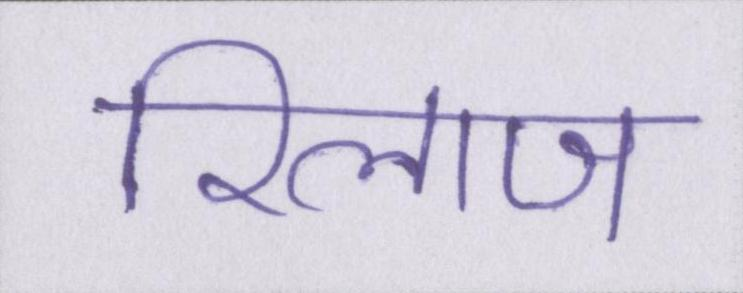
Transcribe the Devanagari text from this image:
रिलाज